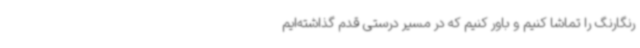
رنگارنگ را تماشا کنیم و باور کنیم که در مسیر درستی قدم گذاشته‌ایم